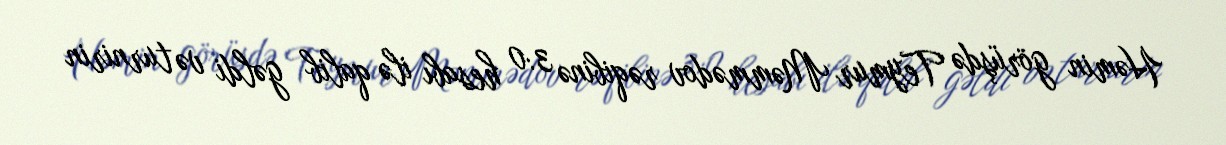
Həmin görüşdə Teymur Məmmədov rəqibinə 3:0 hesabı ilə qalib gəldi və turnirin